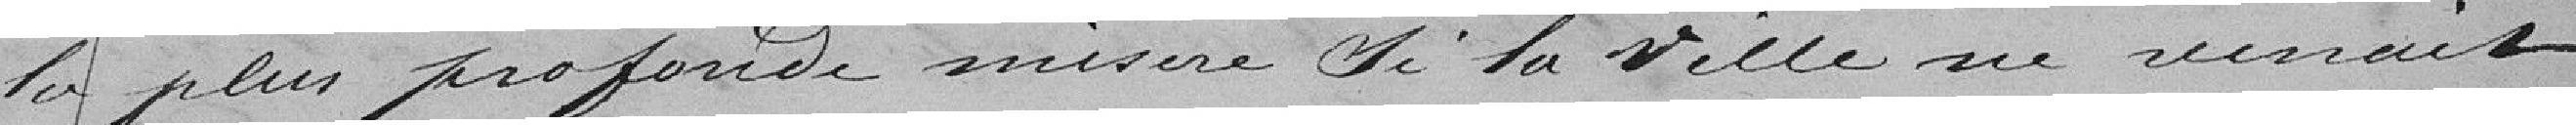
la plus profonde misère si la ville ne venait